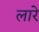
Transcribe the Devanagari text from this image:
लारे